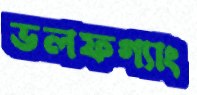
ভলফগ্যাং